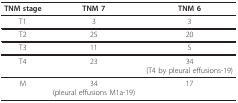
| TNM stage | TNM 7 | TNM 6 |
 | --- | --- | --- |
 | T1 | 3 | 3 |
 | T2 | 25 | 20 |
 | T3 | 11 | 5 |
 | T4 | 23 | 34(T4 by pleural effusions-19) |
 | M | 34(pleural effusions M1a-19) | 17 |